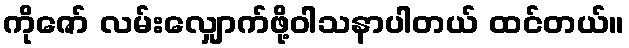
ကိုဇော် လမ်းလျှောက်ဖို့ဝါသနာပါတယ် ထင်တယ်။